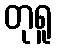
တုရူ